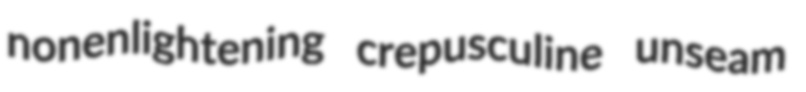
nonenlightening crepusculine unseam